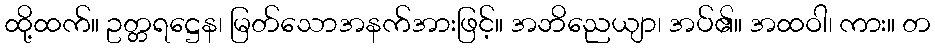
ထို့ထက်။ ဥတ္တရဋ္ဌေန၊ မြတ်သောအနက်အားဖြင့်။ အဘိညေယျာ၊ အပ်၏။ အထဝါ၊ ကား။ တ